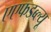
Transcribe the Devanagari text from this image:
एएफडब्ल्‍यू